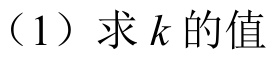
（1）求\(k\)的值